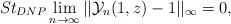
LaTeX: \begin{align*} St_{DNP}\lim_{n\rightarrow \infty}||\mathcal{Y}_{n}(1,z)-1||_{\infty}=0, \end{align*}